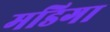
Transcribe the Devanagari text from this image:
मडिगा